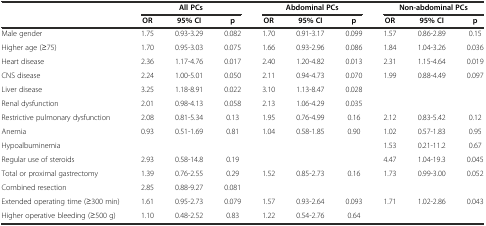
<table><thead><tr><td rowspan="2"></td><td colspan="3"><b>All PCs</b></td><td colspan="3"><b>Abdominal PCs</b></td><td colspan="3"><b>Non-abdominal PCs</b></td></tr><tr><td><b>OR</b></td><td><b>95% CI</b></td><td><b>p</b></td><td><b>OR</b></td><td><b>95% CI</b></td><td><b>p</b></td><td><b>OR</b></td><td><b>95% CI</b></td><td><b>p</b></td></tr></thead><tbody><tr><td>Male gender</td><td>1.75</td><td>0.93-3.29</td><td>0.082</td><td>1.70</td><td>0.91-3.17</td><td>0.099</td><td>1.57</td><td>0.86-2.89</td><td>0.15</td></tr><tr><td>Higher age (≥75)</td><td>1.70</td><td>0.95-3.03</td><td>0.075</td><td>1.66</td><td>0.93-2.96</td><td>0.086</td><td>1.84</td><td>1.04-3.26</td><td>0.036</td></tr><tr><td>Heart disease</td><td>2.36</td><td>1.17-4.76</td><td>0.017</td><td>2.40</td><td>1.20-4.82</td><td>0.013</td><td>2.31</td><td>1.15-4.64</td><td>0.019</td></tr><tr><td>CNS disease</td><td>2.24</td><td>1.00-5.01</td><td>0.050</td><td>2.11</td><td>0.94-4.73</td><td>0.070</td><td>1.99</td><td>0.88-4.49</td><td>0.097</td></tr><tr><td>Liver disease</td><td>3.25</td><td>1.18-8.91</td><td>0.022</td><td>3.10</td><td>1.13-8.47</td><td>0.028</td><td></td><td></td><td></td></tr><tr><td>Renal dysfunction</td><td>2.01</td><td>0.98-4.13</td><td>0.058</td><td>2.13</td><td>1.06-4.29</td><td>0.035</td><td></td><td></td><td></td></tr><tr><td>Restrictive pulmonary dysfunction</td><td>2.08</td><td>0.81-5.34</td><td>0.13</td><td>1.95</td><td>0.76-4.99</td><td>0.16</td><td>2.12</td><td>0.83-5.42</td><td>0.12</td></tr><tr><td>Anemia</td><td>0.93</td><td>0.51-1.69</td><td>0.81</td><td>1.04</td><td>0.58-1.85</td><td>0.90</td><td>1.02</td><td>0.57-1.83</td><td>0.95</td></tr><tr><td>Hypoalbuminemia</td><td></td><td></td><td></td><td></td><td></td><td></td><td>1.53</td><td>0.21-11.2</td><td>0.67</td></tr><tr><td>Regular use of steroids</td><td>2.93</td><td>0.58-14.8</td><td>0.19</td><td></td><td></td><td></td><td>4.47</td><td>1.04-19.3</td><td>0.045</td></tr><tr><td>Total or proximal gastrectomy</td><td>1.39</td><td>0.76-2.55</td><td>0.29</td><td>1.52</td><td>0.85-2.73</td><td>0.16</td><td>1.73</td><td>0.99-3.00</td><td>0.052</td></tr><tr><td>Combined resection</td><td>2.85</td><td>0.88-9.27</td><td>0.081</td><td></td><td></td><td></td><td></td><td></td><td></td></tr><tr><td>Extended operating time (≥300 min)</td><td>1.61</td><td>0.95-2.73</td><td>0.079</td><td>1.57</td><td>0.93-2.64</td><td>0.093</td><td>1.71</td><td>1.02-2.86</td><td>0.043</td></tr><tr><td>Higher operative bleeding (≥500 g)</td><td>1.10</td><td>0.48-2.52</td><td>0.83</td><td>1.22</td><td>0.54-2.76</td><td>0.64</td><td></td><td></td><td></td></tr></tbody></table>